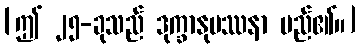
[ဤ ၂၅-ခုသည် ဒုက္ခာနုပဿနာ မည်၏။]